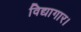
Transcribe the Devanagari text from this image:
विद्यागार।